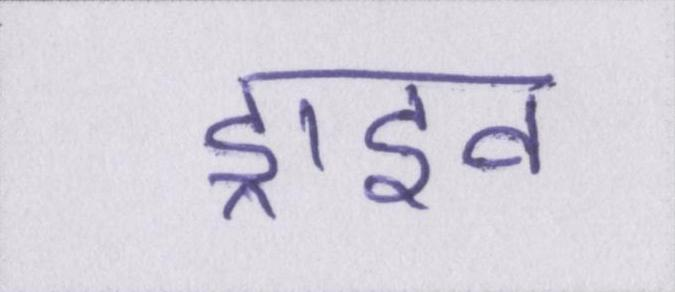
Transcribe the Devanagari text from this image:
ड्राइव